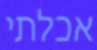
אכלתי